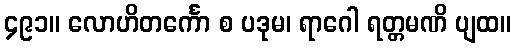
၄၉၁။ လောဟိတင်္ကော စ ပဒုမ၊ ရာဂေါ ရတ္တမဏိ ပျထ။